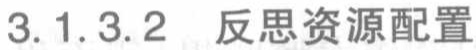
3.1.3.2 反思资源配置